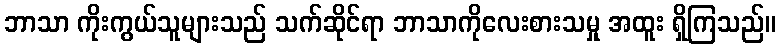
ဘာသာ ကိုးကွယ်သူများသည် သက်ဆိုင်ရာ ဘာသာကိုလေးစားသမှု အထူး ရှိကြသည်။